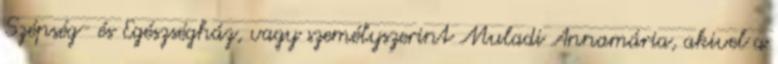
Szépség- és Egészségház, vagy személyszerint Muladi Annamária, akivel a